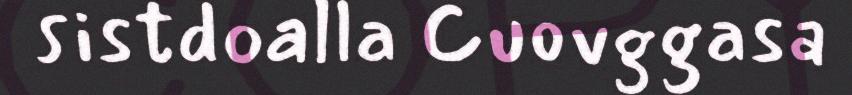
sistdoalla Cuovggasa